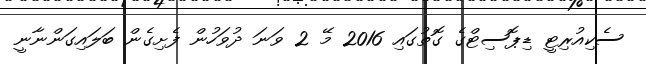
ސެކިއުރިޓީ ޑިޕޮސިޓްގެ ގޮތުގައި 2016 މޭ 2 ވަނަ ދުވަހުން ފެށިގެން ބަލައިގަންނާނީ